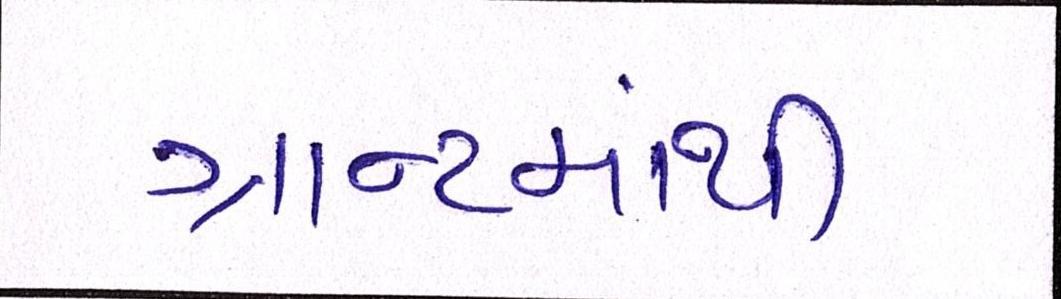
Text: ગ્રાન્ટમાંથી